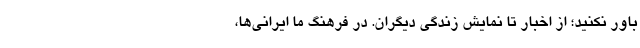
باور نکنید؛ از اخبار تا نمایش زندگی دیگران. در فرهنگ ما ایرانی‌ها،